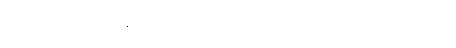
ရေးခဲ့ကြသည်။ ၁၉၉၅ ခုနှစ်က ရုပ်ရှင်ဖြစ်သည့် ဟူသော ရုပ်ရှင်မှာ အရေးအခင်းကာလအတွင်